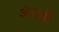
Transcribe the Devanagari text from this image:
अंगुत्री